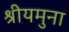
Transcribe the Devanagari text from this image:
श्रीयमुना